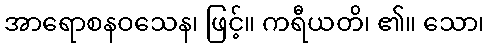
အာရောစနဝသေန၊ ဖြင့်။ ကရီယတိ၊ ၏။ သော၊